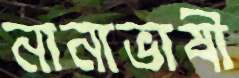
নানাভাষী